Naisuhingud, lk 84
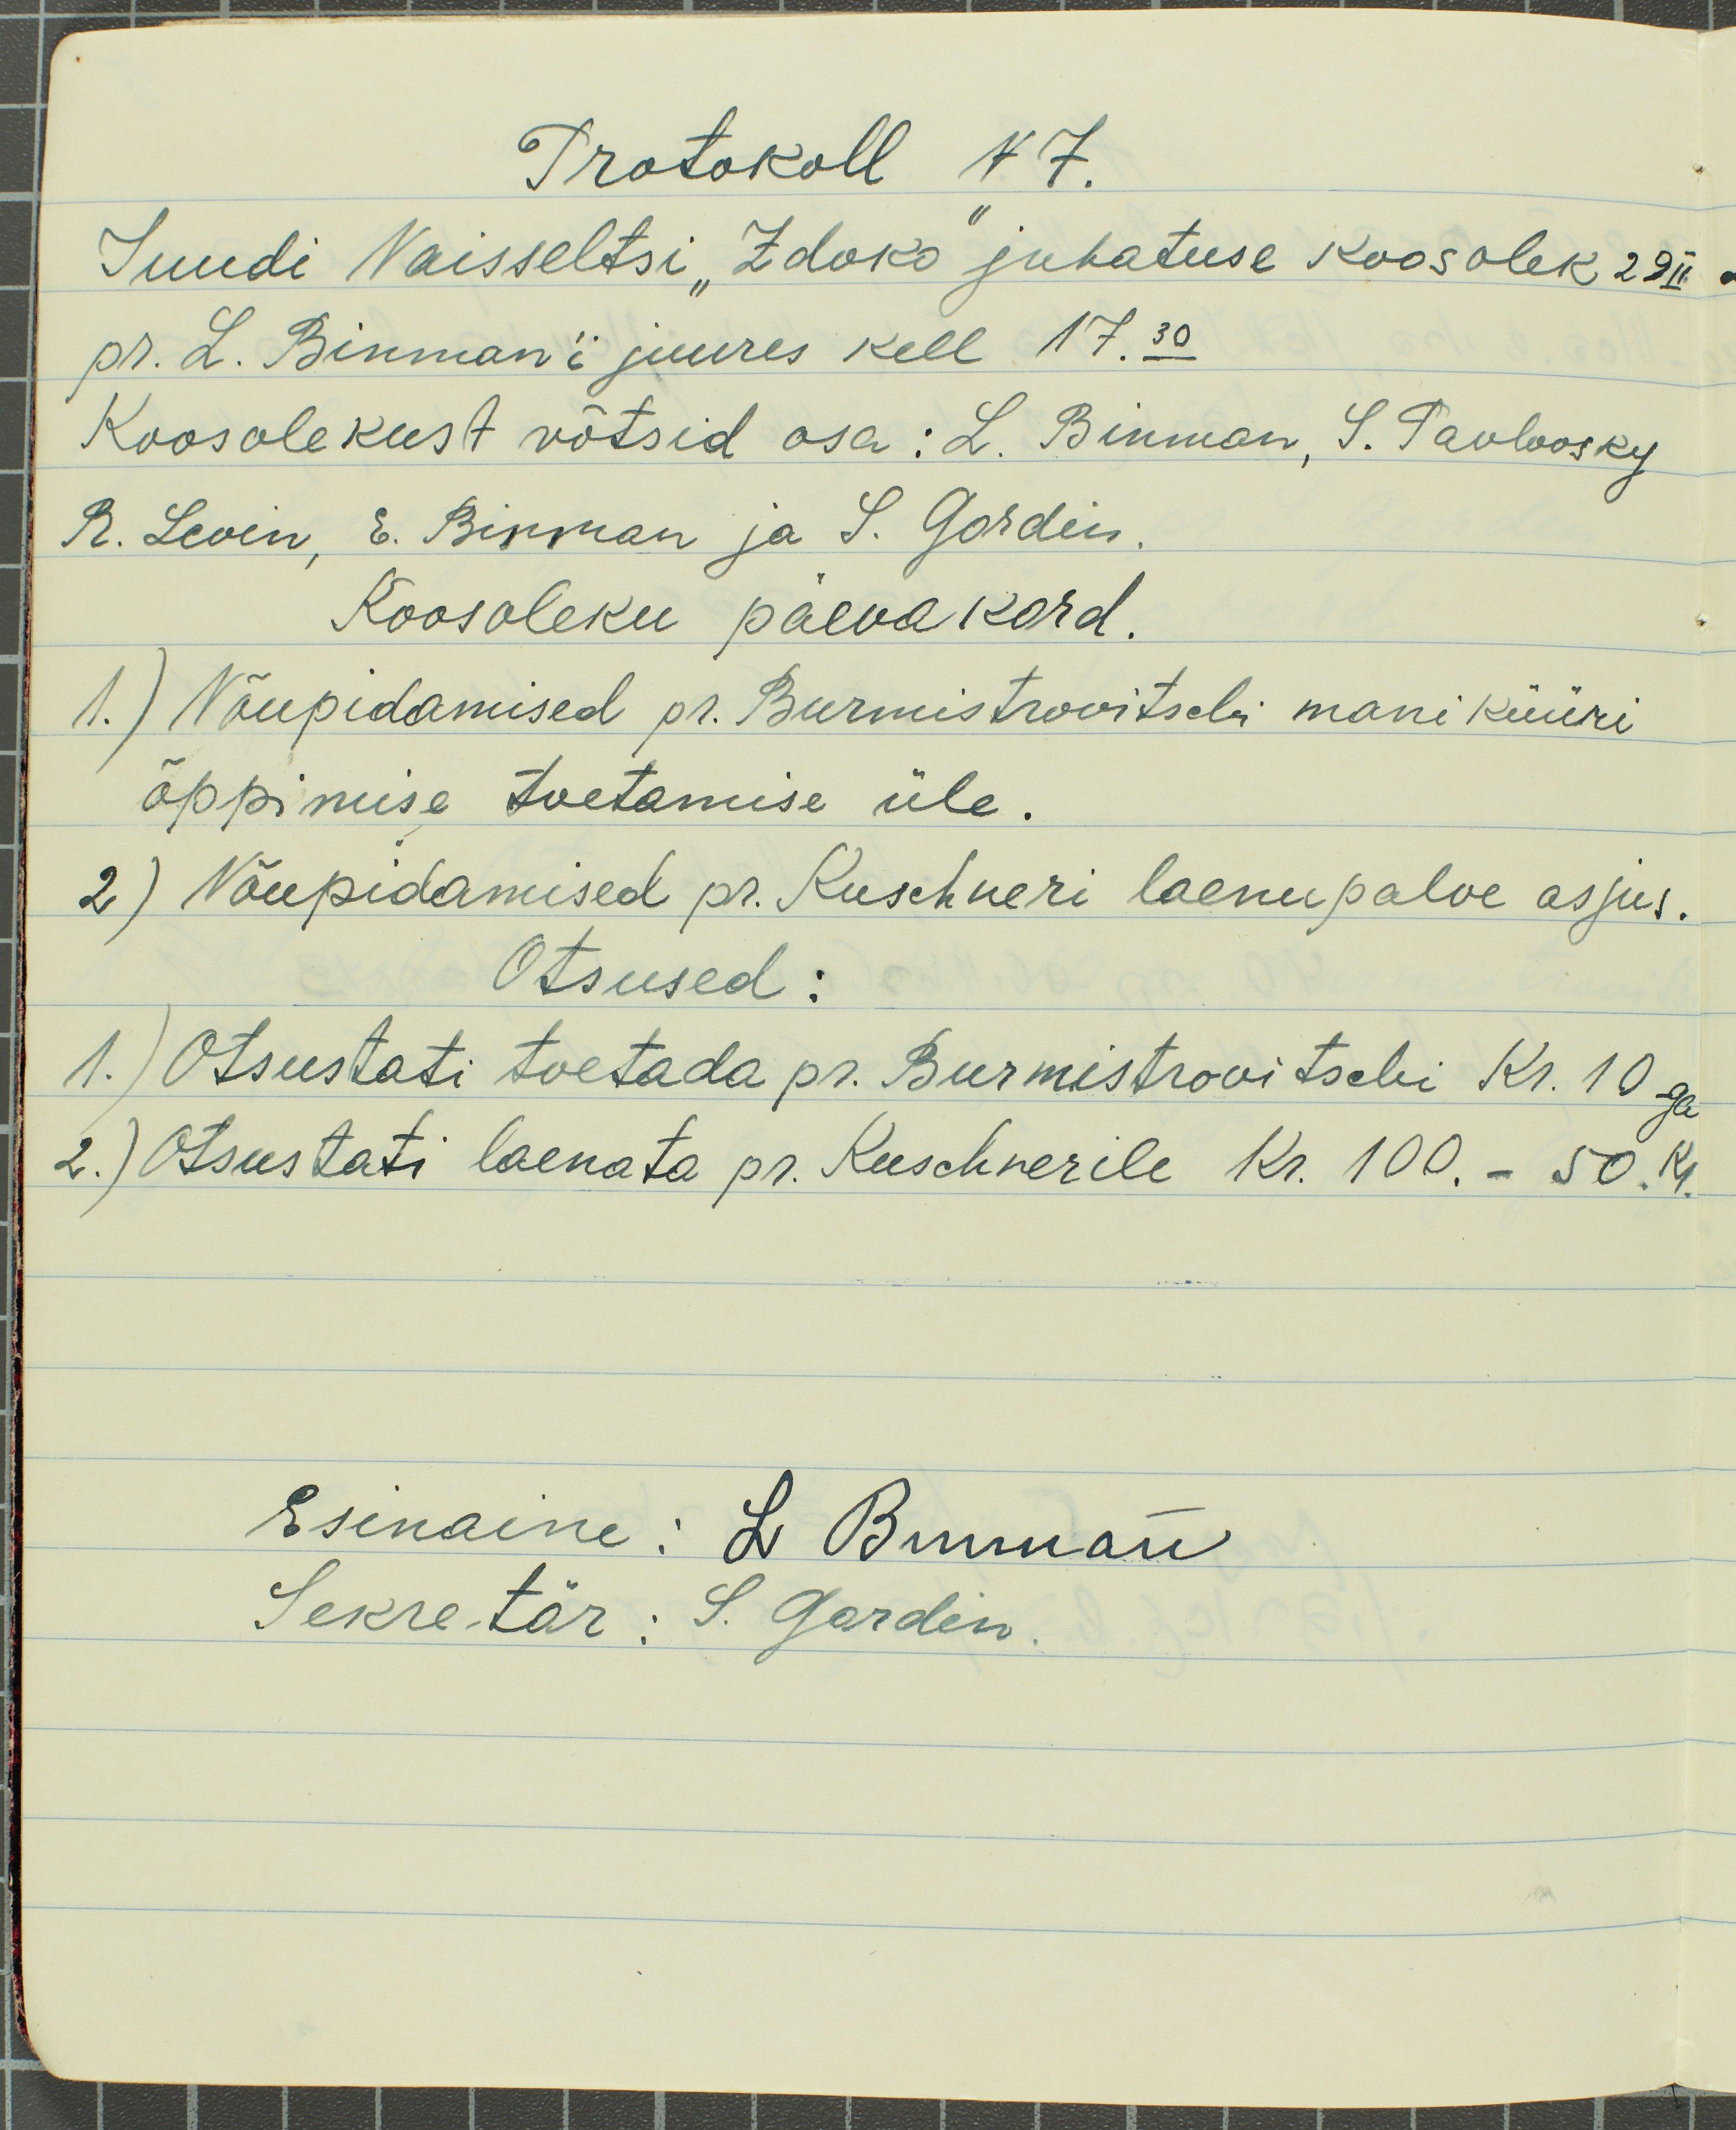
Protokoll N7.
Juudi Naisseltsi "Zdoko" juhatuse koosolek 29 II
pr. L. Binman'i juures kell 17.30
Koosolekust võtsid osa: L. Binman, S. Pavlovsky
R. Levin, E. Binman ja S. Gordin.
Koosoleku päevakord.
1.) Nõupidamised pr. Burmistrovitschi maniküüri
õppimise toetamise üle.
2) Nõupidamised pr. Kuschneri laenupalve asjus.
Otsused:
1.) Otsustati toetada pr. Burmistrovitschi Kr. 10-ga
2.) Otsustati laenata pr. Kuschnerile Kr. 100. - 50 R.
Esinaine: L. Binman
Sekretär: S. Gordin.